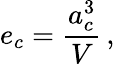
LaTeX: e_{c}=\frac{a_{c}^{3}}{V}\, ,